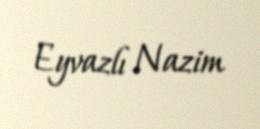
Eyvazlı Nazim